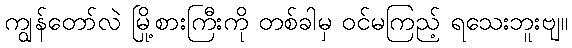
ကျွန်တော်လဲ မြို့စားကြီးကို တစ်ခါမှ ဝင်မကြည့် ရသေးဘူးဗျ။